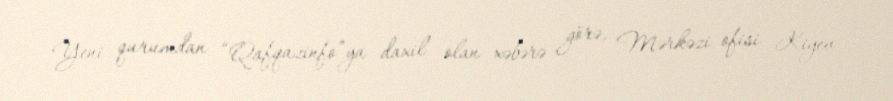
Yeni qurumdan “Qafqazinfo”ya daxil olan xəbərə görə, Mərkəzi ofisi Kiyev